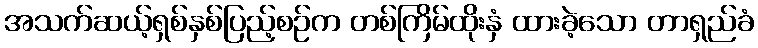
အသက်ဆယ့်ရှစ်နှစ်ပြည့်စဉ်က တစ်ကြိမ်ထိုးနှံ ထားခဲ့သော တာရှည်ခံ